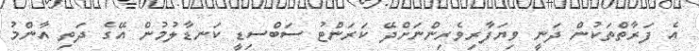
އެ ފަރާތްތަކުން ދަނީ ވިޔަފާރިވެރިންނަށްދޭ ކަރަންޓު ސަބްސިޑީ ކަނޑާލުމުން އޭގެ ދަތި އާންމު